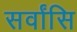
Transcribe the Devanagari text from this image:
सर्वांसि